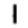
Digit: 1